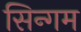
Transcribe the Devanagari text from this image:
सिन्गम